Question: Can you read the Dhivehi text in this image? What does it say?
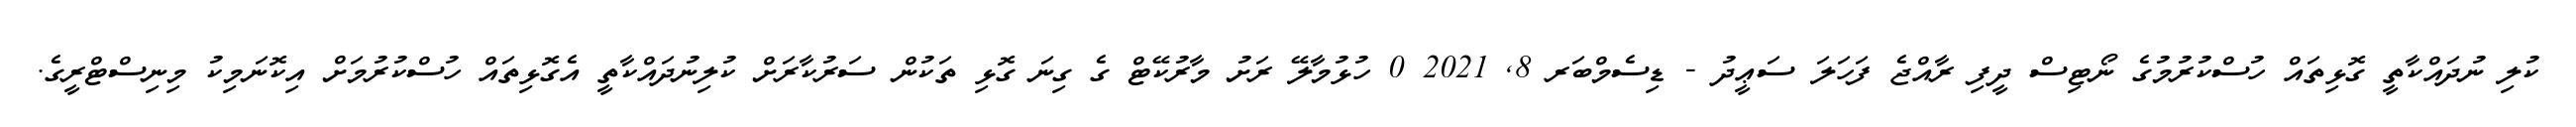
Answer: ކުލި ނުދައްކާތީ ގޮޅިތައް ހުސްކުރުމުގެ ނޯޓިސް ދީފި ރާއްޖެ ފަހަލަ ސަޢީދު - ޑިސެމްބަރ 8, 2021 0 ހުޅުމާލޭ ރަށު މާރުކޭޓް ގެ ގިނަ ގޮޅި ތަކުން ސަރުކާރަށް ކުލިނުދައްކާތީ އެގޮޅިތައް ހުސްކުރުމަށް އިކޮނަމިކު މިނިސްޓްރީގެ.